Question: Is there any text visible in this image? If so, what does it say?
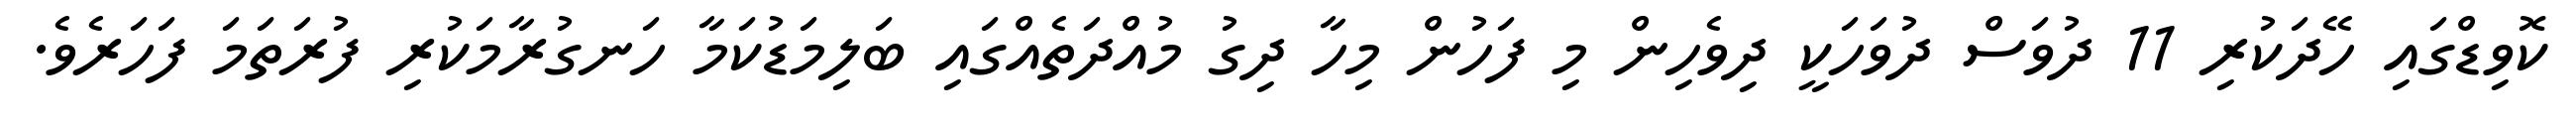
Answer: ކޮވިޑްގައި ހޭދަކުރި 11 ދުވަސް ދުވަހަކީ ދިވެހިން މި ފަހުން މިހާ ދިގު މުއްދަތެއްގައި ބަލިމަޑުކަމާ ހަނގުރާމަކުރި ފުރަތަމަ ފަހަރެވެ.